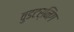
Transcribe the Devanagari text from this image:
वुडटर्निंग